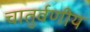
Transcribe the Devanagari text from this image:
चातुर्वणीय